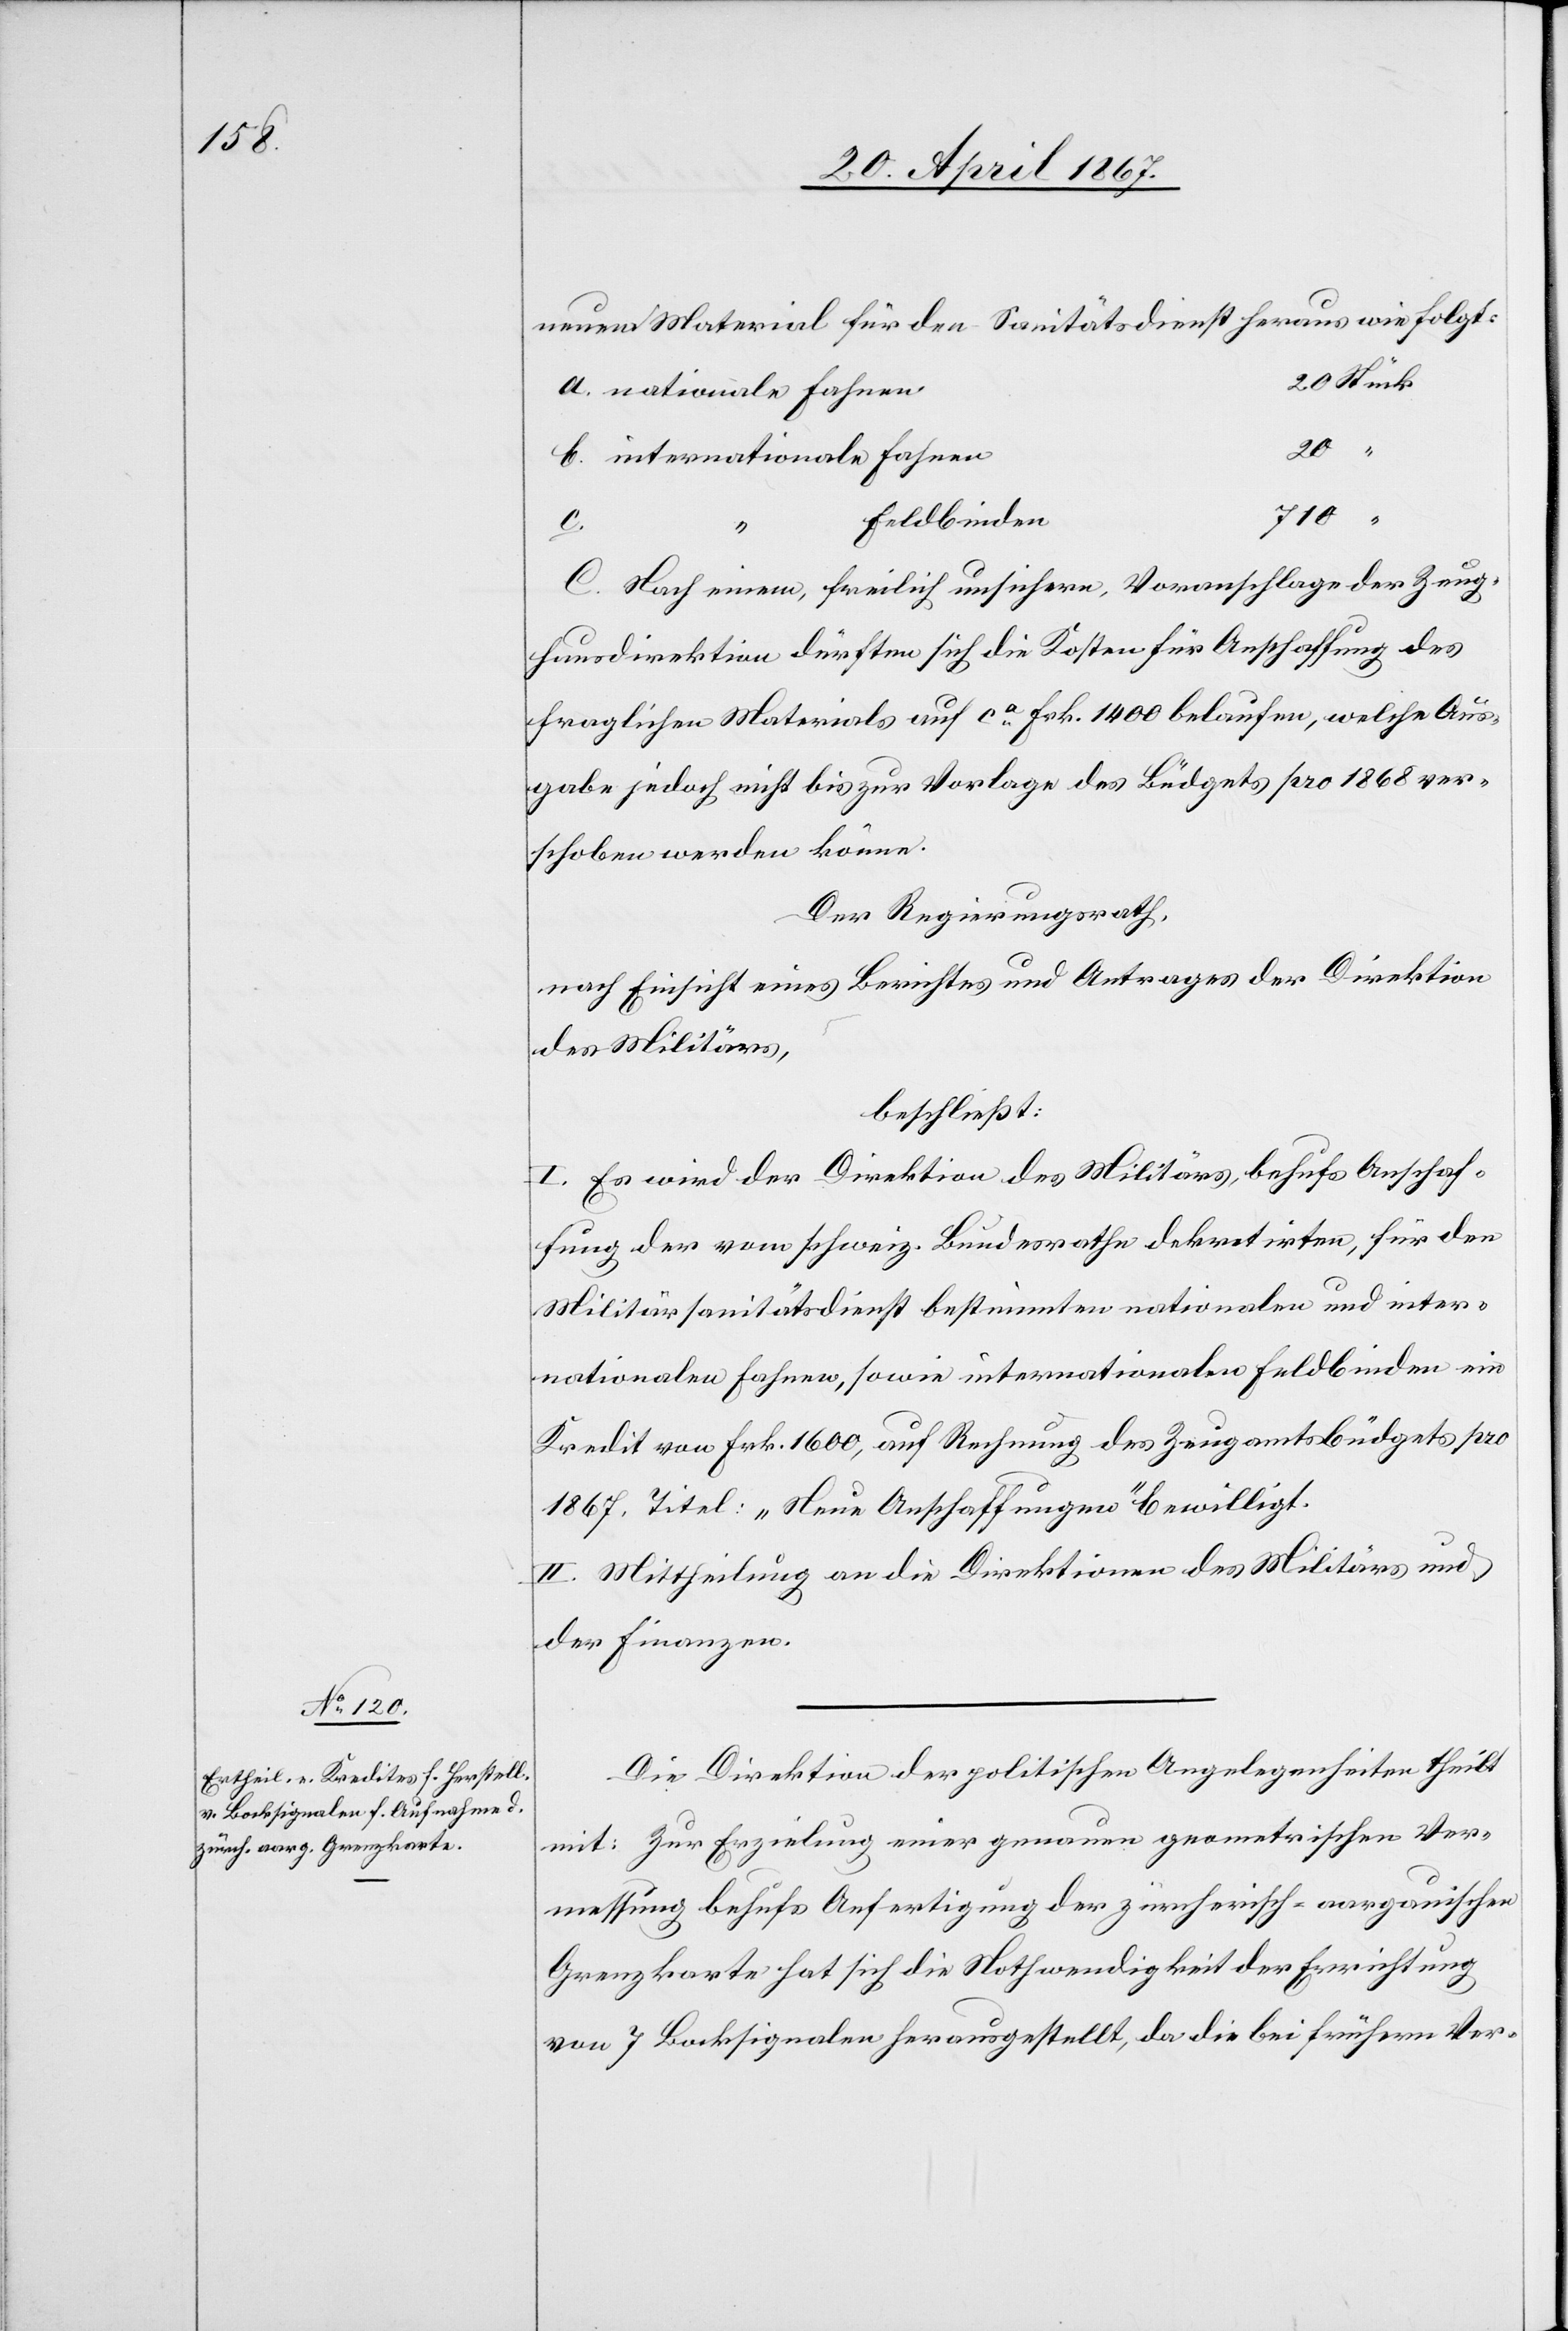
neuem Material für den Sanitätsdienst heraus wie folgt:
20	Stück
a.	nationale Fahnen
b. 	internationale 	Fahnen
“
C. Nach einem, freilich unsichern, Voranschlage der Zeug¬
hausdirektion dürften sich die Kosten für Anschaffung des
fraglichen Materials auf ca. Frk. 1400 belaufen, welche Aus¬
gabe jedoch nicht bis zur Vorlage des Büdgets pro 1868 ver¬
schoben werden könne
Der Regierungsrath,
nach Einsicht eines Berichtes und Antrages der Direktion
des Militärs,
beschließt:
I. Es wird der Direktion des Militärs, behufs Anschaf¬
fung der vom schweiz. Bundesrathe dekretirten, für den
Militärsanitätsdienst bestimmten nationalen und inter¬
nationalen Fahnen, sowie internationalen Feldbinden ein
Kredit von Frk. 1600, auf Rechnung des Zeugamtsbüdgets pro
1867. Titel: „Neue Anschaffungen“ bewilligt.
II. Mittheilung an die Direktionen des Militärs und
der Finanzen.
Die Direktion der politischen Angelegenheiten theilt
mit: Zur Erzielung einer genauen geometrischen Ver¬
messung behufs Anfertigung der zürcherisch-aargauischen
Grenzkarte hat sich die Nothwendigkeit der Errichtung
von 7 Bocksignalen herausgestellt, da die bei frühern Ver-